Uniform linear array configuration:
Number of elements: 16
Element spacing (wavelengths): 0.25
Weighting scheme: uniform
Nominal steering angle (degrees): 30
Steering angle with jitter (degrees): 30.073
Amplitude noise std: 0.05
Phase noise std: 0.05

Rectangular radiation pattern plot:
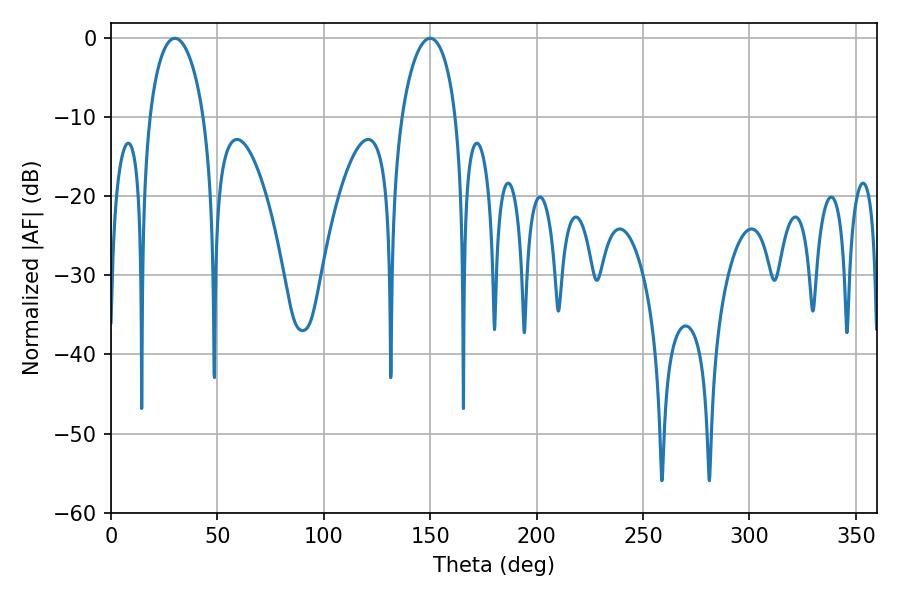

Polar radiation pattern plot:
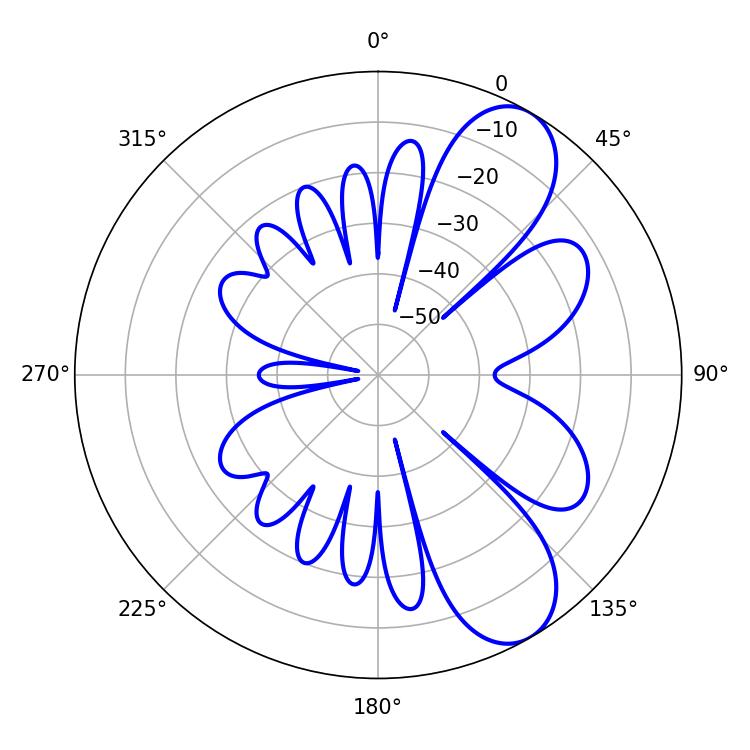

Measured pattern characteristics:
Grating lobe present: FALSE
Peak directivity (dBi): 8.413
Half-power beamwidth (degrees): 14.58
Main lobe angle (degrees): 30.06